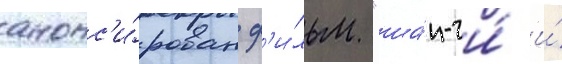
анонс'и́рован ф'и́льм "ша́н-чи́ и́